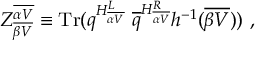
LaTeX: { \cal Z } _ { \overline { { { \beta V } } } } ^ { \overline { { { \alpha V } } } } \equiv \mathrm { T r } ( q ^ { H _ { \overline { { { \alpha V } } } } ^ { L } } ~ { \overline { { q } } } ^ { H _ { \overline { { { \alpha V } } } } ^ { R } } h ^ { - 1 } ( { \overline { { { \beta V } } } } ) ) ~ ,